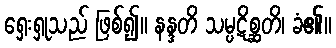
ရှေးရှုသည် ဖြစ်၍။ နန္ဒတိ သမ္ပဋိစ္ဆတိ၊ ခံ၏။